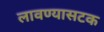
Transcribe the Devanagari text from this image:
लावण्यासटक